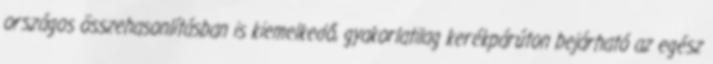
országos összehasonlításban is kiemelkedő, gyakorlatilag kerékpárúton bejárható az egész